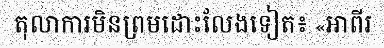
តុលាការមិនព្រមដោះលែងទៀត៖ «អាពីរ